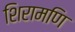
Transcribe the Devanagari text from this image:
शिरामणि